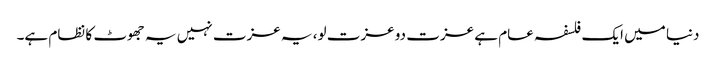
دنیا میں ایک فلسفہ عام ہے عزت دو عزت لو، یہ عزت نہیں یہ جھوٹ کا نظام ہے۔